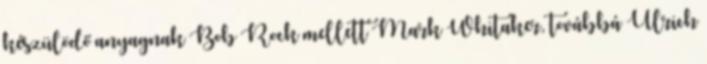
készülödő anyagnak Bob Rock mellett Mark Whitaker, továbbá Ulrich